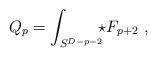
LaTeX: \begin{align*}Q_p = \int_{S^{D-p-2}}\!\!\! \star F_{p+2}\ ,\end{align*}